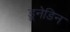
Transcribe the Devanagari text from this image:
डूनेडिन